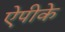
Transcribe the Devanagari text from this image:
ऐपीके